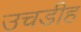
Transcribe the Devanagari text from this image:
उचडीह